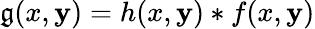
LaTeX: \mathfrak{g}(x,\mathbf{y})=h(x,\mathbf{y})*f(x,\mathbf{y})